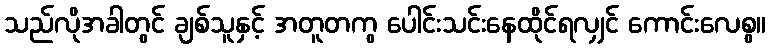
သည်လိုအခါတွင် ချစ်သူနှင့် အတူတကွ ပေါင်းသင်းနေထိုင်ရလျှင် ကောင်းလေစွ။